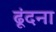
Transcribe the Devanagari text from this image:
ढूंदना